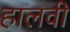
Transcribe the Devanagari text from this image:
हालवी